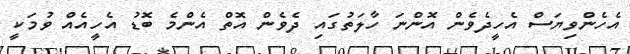
އެހެންވިޔަސް އެހީދެވެން އޮންނަ ހާލަތުގައި ދެވެން އޮތް އެންމެ ބޮޑު އެހީއެއް ވުމަކީ